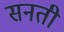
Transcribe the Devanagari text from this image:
सनती